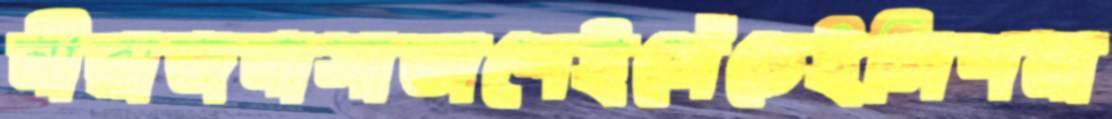
নীরাজনাসাতাশেইসেঁচেইলিশমা